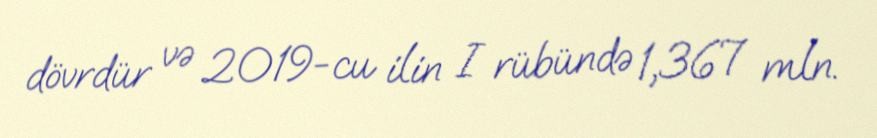
dövrdür və 2019-cu ilin I rübündə 1,367 mln.